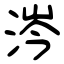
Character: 涔